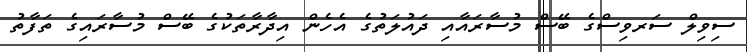
ސިވިލް ސަރވިސްގެ ބޭސް މުސާރައާއި ދައުލަތުގެ އެހެން އިދާރާތަކުގެ ބޭސް މުސާރައިގެ ތަފާތު